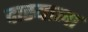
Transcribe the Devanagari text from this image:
दास्याला